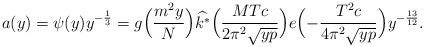
LaTeX: \begin{align*}a(y) = \psi(y) y^{-\frac{1}{3}} = g \Bigl( \frac{m^2 y}{N} \Bigr) \widehat{k^*}\Bigl( \frac{M T c}{2 \pi^2 \sqrt{y p}} \Bigr) e \Bigl( - \frac{T^2 c}{4 \pi^2 \sqrt{y p}} \Bigr) y^{-\frac{13}{12}}.\end{align*}